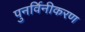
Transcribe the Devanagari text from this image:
पुनर्विनीकरण